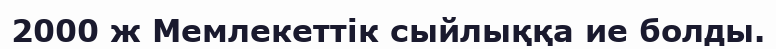
2000 ж Мемлекеттiк сыйлыққа ие болды.